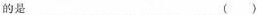
的是 ()